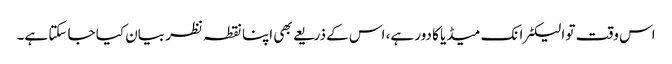
اس وقت تو الیکٹرانک میڈیا کا دور ہے، اس کے ذریعے بھی اپنا نقطہ نظر بیان کیا جا سکتا ہے۔